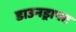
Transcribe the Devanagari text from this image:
डाउनड्राफ्ट